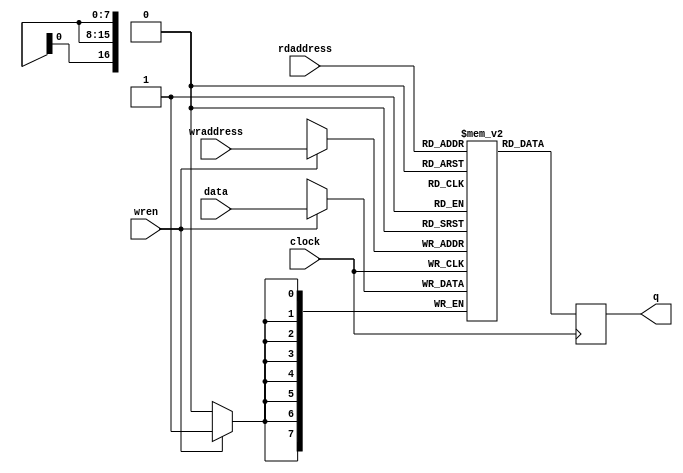
module imagebuffer(
    input wire clock,
    input wire [16:0] rdaddress,
    input wire [16:0] wraddress,
    input wire [7:0] data, // Data width changed to 8 bits
    input wire wren,
    output reg [7:0] q // Output data width changed to 8 bits
);

// Parameter for memory depth to match 8-bit data width and 17-bit address.
// This is more than you'll need for a 10-bit address space, but it's here to match your provided address width.
parameter MEMORY_DEPTH = 131072; // For a 17-bit address, 2^17 memory locations

// Memory declaration
reg [7:0] memory [0:MEMORY_DEPTH-1];

// Write operation
always @(posedge clock) begin
    if (wren) begin
        memory[wraddress] <= data;
    end
end

// Read operation
always @(posedge clock) begin
    q <= memory[rdaddress];
end

endmodule